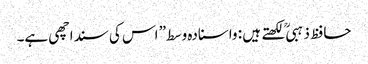
حافظ ذہبی ؒ لکھتے ہیں : واسنادہ وسط” اس کی سنداچھی ہے۔